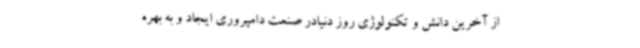
از آخرین دانش و تکنولوژی روز دنیادر صنعت دامپروری ایجاد و به بهره